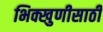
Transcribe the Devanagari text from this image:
भिक्खुणीसाठी